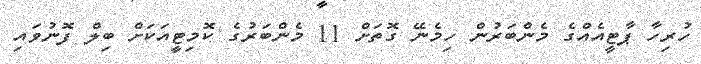
ހުރިހާ ޕާޓީއެއްގެ މެންބަރުން ހިމެނޭ ގޮތަށް 11 މެންބަރުގެ ކޮމިޓީއަކަށް ބިލް ފޮނުވައި